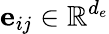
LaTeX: \mathbf{e}_{ij}\in\mathbb{R}^{d_{e}}